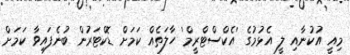
މިއީ އުކުނާއި ލީ އެޅުމުގެ 'އެކްސްޓްރީމް' ހާލަތެއް ކަމަށް ޑޮކްޓަރުން ބުނެފައިވާ ކަމަށް